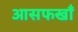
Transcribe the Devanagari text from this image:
आसफखाँ